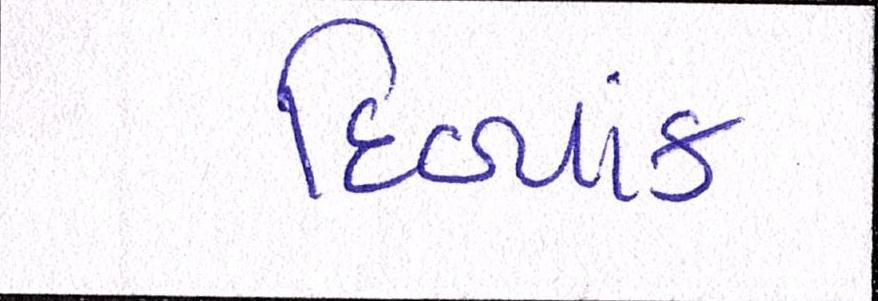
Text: દિવ્યાંક